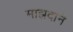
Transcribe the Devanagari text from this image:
माझदाने